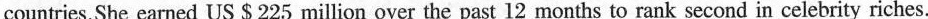
countries.She earned US $225 million over the past 12 months to rank second in celebrity riches.